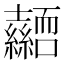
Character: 𭐜